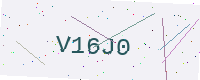
Text: V16J0